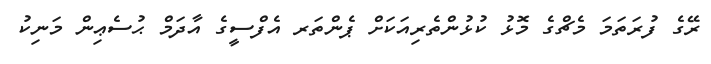
ރޭގެ ފުރަތަމަ މެޗްގެ މޮޅު ކުޅުންތެރިއަކަށް ޕެންތަރ އެފްސީގެ އާދަމް ޙުސެޢިން މަނިކު